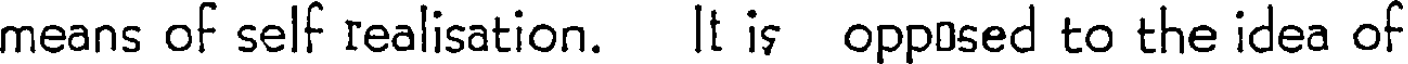
means of self realisation. It is opposed to the idea of